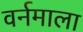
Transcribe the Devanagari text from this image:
वर्नमाला